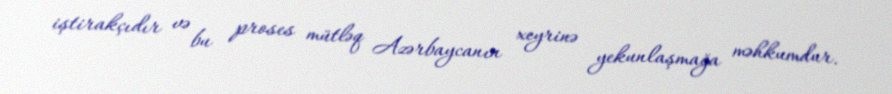
iştirakçıdır və bu proses mütləq Azərbaycanın xeyrinə yekunlaşmağa məhkumdur.